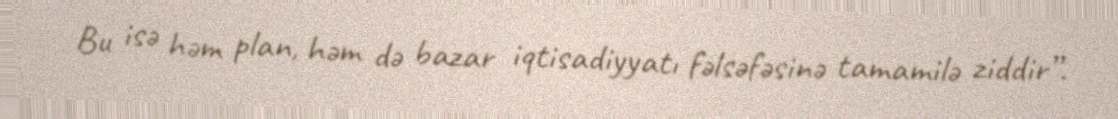
Bu isə həm plan, həm də bazar iqtisadiyyatı fəlsəfəsinə tamamilə ziddir”.